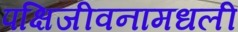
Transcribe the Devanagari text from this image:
पक्षिजीवनामधली